Annual report of the Punjab Veterinary College and of the Civil Veterinary Department, Punjab - 1909-1919
Year: 1909
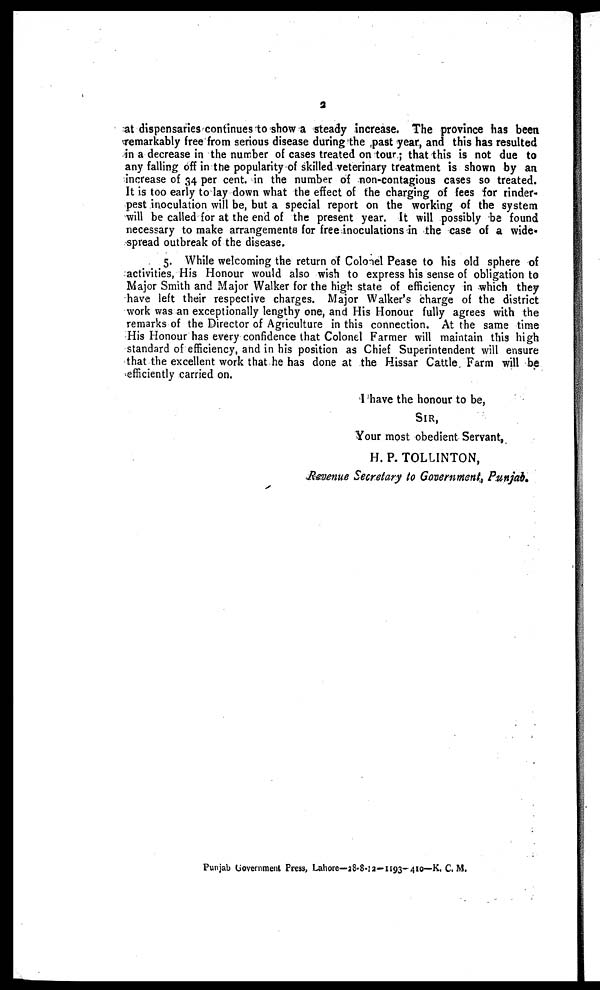
2
at dispensaries continues to show a steady increase. The province has been
remarkably free from serious disease during the past year, and this has resulted
in a decrease in the number of cases treated on tour; that this is not due to
any falling off in the popularity of skilled veterinary treatment is shown by an
increase of 34 per cent, in the number of non-contagious cases so treated.
It is too early to lay down what the effect of the charging of fees for rinder-
pest inoculation will be, but a special report on the working of the system
will be called for at the end of the present year. It will possibly be found
necessary to make arrangements for free inoculations in the case of a wide-
spread outbreak of the disease.
5. While welcoming the return of Colonel Pease to his old sphere of
activities, His Honour would also wish to express his sense of obligation to
Major Smith and Major Walker for the high state of efficiency in which they
have left their respective charges. Major Walker's charge of the district
work was an exceptionally lengthy one, and His Honour fully agrees with the
remarks of the Director of Agriculture in this connection. At the same time
His Honour has every confidence that Colonel Farmer will maintain this high
standard of efficiency, and in his position as Chief Superintendent will ensure
that the excellent work that he has done at the Hissar Cattle Farm will be
efficiently carried on.
I have the honour to be,
SIR,
Your most obedient Servant,
H. P. TOLLINTON,
Revenue Secretary to Government, Punjab.
Punjab Government Press, Lahore—28-8-12—1193— 410—K. C. M.